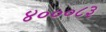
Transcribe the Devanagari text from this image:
४०००८३